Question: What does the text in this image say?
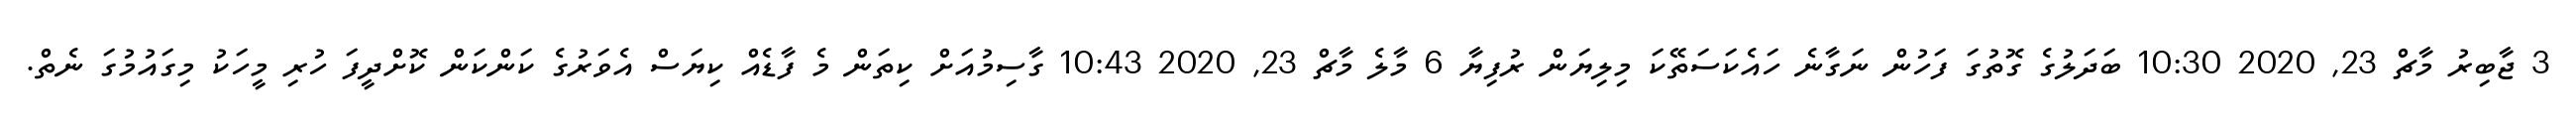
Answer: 3 ޖާބިރު މާޗް 23, 2020 10:30 ބަދަލުގެ ގޮތުގަ ފަހުން ނަގާނެ ހައެކަސަތޭކަ މިލިޔަން ރުފިޔާ 6 މާލެ މާޗް 23, 2020 10:43 ގާސިމުއަށް ކިތަން މެ ފާޑެއް ކިޔަސް އެވަރުގެ ކަންކަން ކޮށްދީފަ ހުރި މީހަކު މިގައުމުގަ ނެތް.